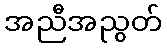
အညီအညွတ်